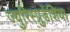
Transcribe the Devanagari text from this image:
ज्युरिस्प्रुडेंशिया